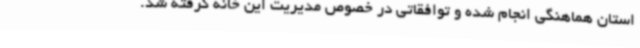
استان هماهنگی انجام شده و توافقاتی در خصوص مدیریت این خانه گرفته شد.